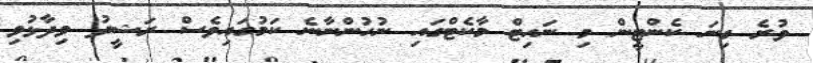
ވުރެ ގިނަ ކެންޓީން މި ނައިޓް މާކެޓްގައި ނުހުންނާނެ ކަމުގައިވެސް ރަޝީދު ވިދާޅުވި